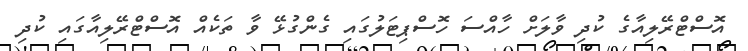
އޮސްޓްރޭލިއާގެ ކުދި ވާލަށް ހާއްސަ ހޮސްޕިޓަލުގައި ގެންގުޅޭ ވާ ތަކެއް އޮސްޓްރޭލިއާގައި ކުދި